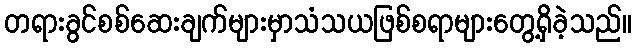
တရားခွင်စစ်ဆေးချက်များမှာသံသယဖြစ်စရာများတွေ့ရှိခဲ့သည်။